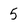
Character: 5